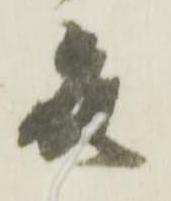
被